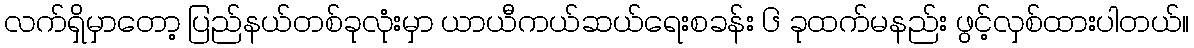
လက်ရှိမှာတော့ ပြည်နယ်တစ်ခုလုံးမှာ ယာယီကယ်ဆယ်ရေးစခန်း ၆ ခုထက်မနည်း ဖွင့်လှစ်ထားပါတယ်။